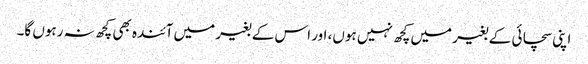
اپنی سچائی کے بغیر میں کچھ نہیں ہوں، اور اس کے بغیر میں آئندہ بھی کچھ نہ رہوں گا۔